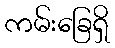
ကမ်းခြေရှိ